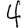
Digit: 4